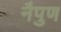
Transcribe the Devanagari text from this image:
नैपुण